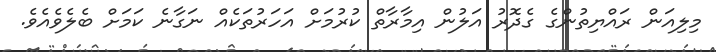
މިލިއަން ރައްޔިތުންގެ ގެދޮރު އަލުން އިމާރާތް ކުރުމަށް އަހަރުތަކެއް ނަގާނެ ކަމަށް ބެލެވެއެވެ.